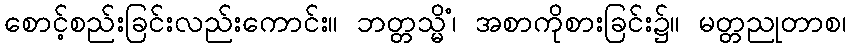
စောင့်စည်းခြင်းလည်းကောင်း။ ဘတ္တသ္မိံ၊ အစာကိုစားခြင်း၌။ မတ္တညုတာစ၊